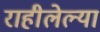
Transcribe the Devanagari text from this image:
राहीलेल्‍या